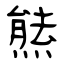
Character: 㷱